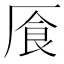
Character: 𠩸